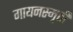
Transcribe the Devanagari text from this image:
गायनस्मृती